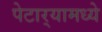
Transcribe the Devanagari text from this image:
पेटार्‍यामध्ये